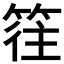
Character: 𥯂